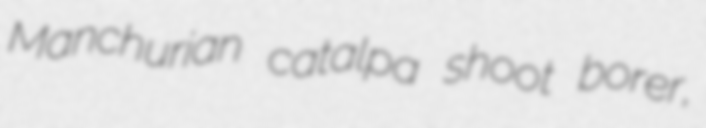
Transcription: Manchurian catalpa shoot borer,